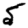
Digit: 5